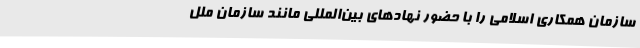
سازمان همکاری اسلامی را با حضور نهادهای بین‌المللی مانند سازمان ملل